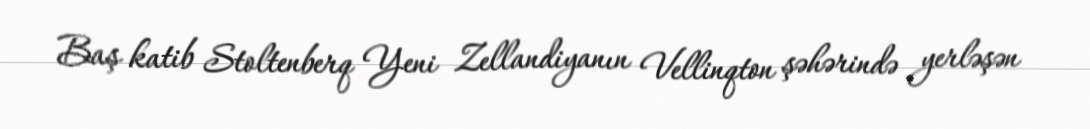
Baş katib Stoltenberq Yeni Zellandiyanın Vellinqton şəhərində yerləşən